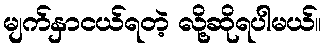
မျက်နှာငယ်ရတဲ့ လို့ဆိုရပါမယ်။